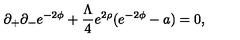
\partial _ { + } \partial _ { - } e ^ { - 2 \phi } + \frac { \Lambda } { 4 } e ^ { 2 \rho } ( e ^ { - 2 \phi } - a ) = 0 ,